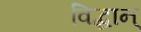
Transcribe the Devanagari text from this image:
विद्धान्‌